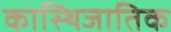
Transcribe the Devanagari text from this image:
कास्थिजातिक